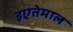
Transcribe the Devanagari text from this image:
इएतेमाल